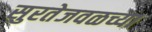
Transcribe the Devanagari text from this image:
सुरतेजवळच्या